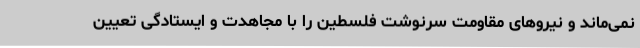
نمی‌ماند و نیروهای مقاومت سرنوشت فلسطین را با مجاهدت و ایستادگی تعیین